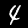
Digit: 4